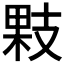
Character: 𢻔